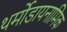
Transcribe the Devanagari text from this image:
थर्मोडायनामिक